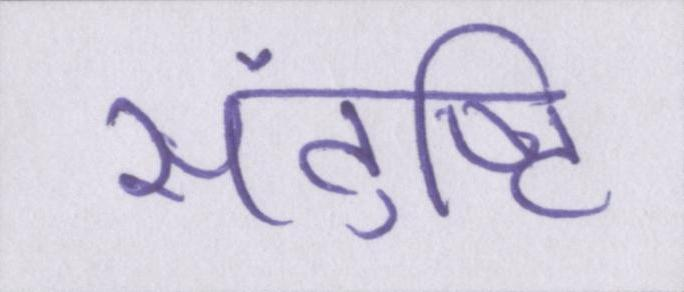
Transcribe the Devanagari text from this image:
संतुष्टि